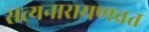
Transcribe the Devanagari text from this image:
सत्यनारायणव्रत